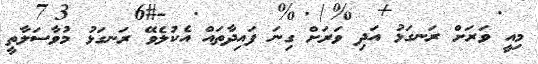
މިއީ ވަރަށް ރަނގަޅު އަދި ވަރަށް ގިނަ ފައިދާތައް އެކުލެވޭ ރަނގަޅު މުވާސަލާތީ